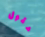
حقول